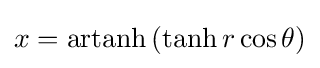
x=\operatorname {artanh} \,(\tanh r\cos \theta )